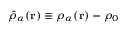
\hat { \rho } _ { \alpha } ( \mathbf { r } ) \equiv \rho _ { \alpha } ( \mathbf { r } ) - \rho _ { 0 }